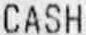
CASH